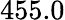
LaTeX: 455.0